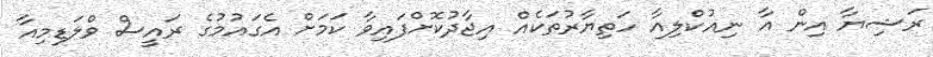
ރަޝިޔާ އިން އާ ނިއުކްލިއާ ހަތިޔާރުތަކެއް އިޖާދުކޮށްފައިވާ ކަމަށް އެގައުމުގެ ރައީސް ވްލަޑިމިއާ